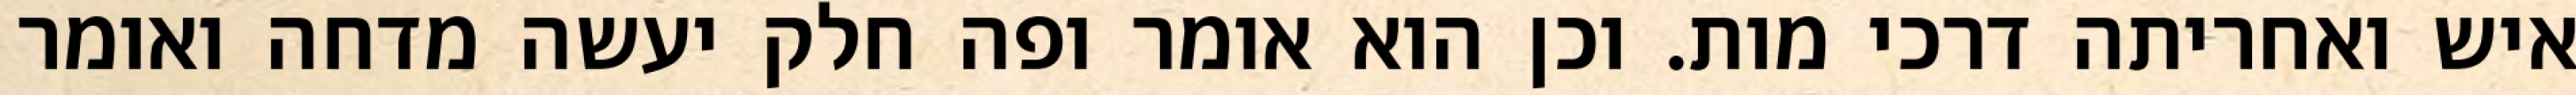
איש ואחריתה דרכי מות. וכן הוא אומר ופה חלק יעשה מדחה ואומר